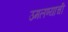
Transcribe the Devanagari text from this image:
उमलण्याची